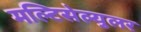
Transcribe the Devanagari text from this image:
मल्टिसेल्युलर